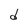
Character: d